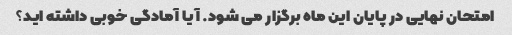
امتحان نهایی در پایان این ماه برگزار می شود. آیا آمادگی خوبی داشته اید؟